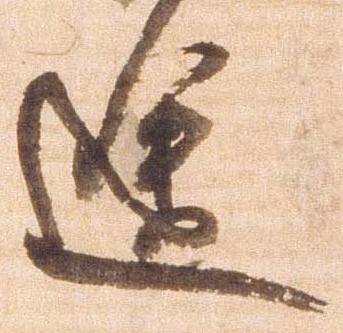
途